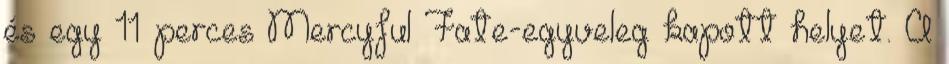
és egy 11 perces Mercyful Fate-egyveleg kapott helyet. A